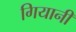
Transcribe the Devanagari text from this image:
गियानी